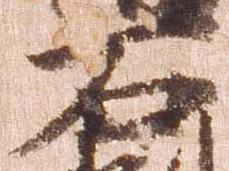
石